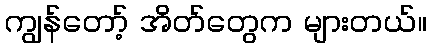
ကျွန်တော့် အိတ်တွေက များတယ်။